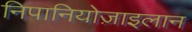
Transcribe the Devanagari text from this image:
निपानियोज़ाइलान